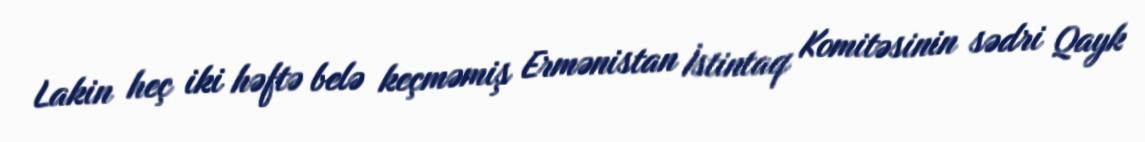
Lakin heç iki həftə belə keçməmiş Ermənistan İstintaq Komitəsinin sədri Qayk